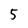
Character: 5